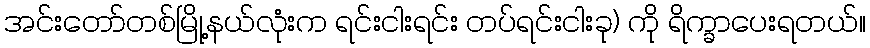
အင်းတော်တစ်မြို့နယ်လုံးက ရင်းငါးရင်း တပ်ရင်းငါးခု) ကို ရိက္ခာပေးရတယ်။